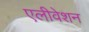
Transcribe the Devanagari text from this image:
एलीवेशन